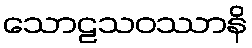
သောဠသဝဿာနိ